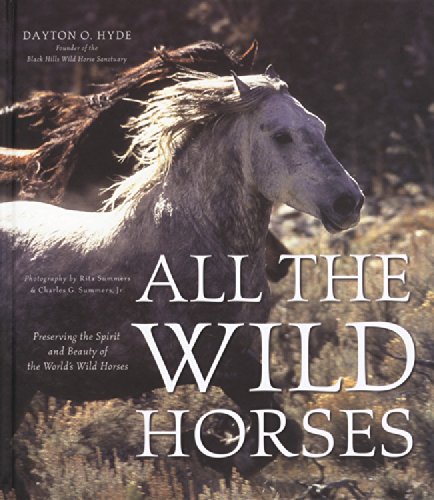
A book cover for All the Wild Horses: Preserving the Spirit and Beauty of the World's Wild Horses; Dayton O. Hyde; Science & Math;